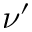
\nu ^ { \prime }